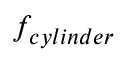
f _ { c y l i n d e r }